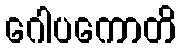
ဂေါပကောတိ